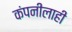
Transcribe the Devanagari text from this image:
कंपनीलाही